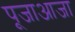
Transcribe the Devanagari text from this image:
पूजाआजा